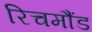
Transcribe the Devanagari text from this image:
रिचमौंड